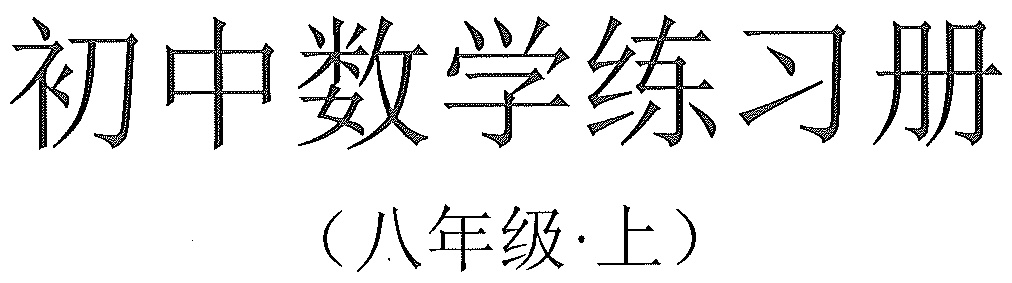
初中数学练习册（八年级$\cdot$上）